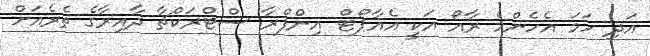
އަދި ހަމަ އެހެންމެ ރާއޯ އަކީ އެއާޕޯޓް އިންފްރާ ސްޓްރަކްޗާ ދާއިރާގެ ތެރެއަށް